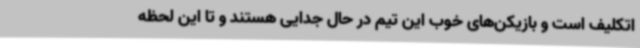
اتکلیف است و بازیکن‌های خوب این تیم در حال جدایی هستند و تا این لحظه